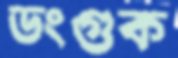
ডংগুক